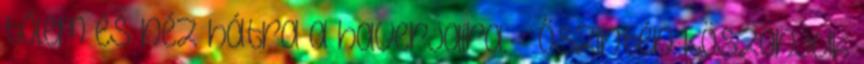
tőlem és néz hátra a haverjaira. - Őszintén köszönjük